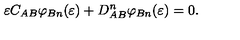
\varepsilon C _ { A B } \varphi _ { B n } ( \varepsilon ) + D _ { A B } ^ { n } \varphi _ { B n } ( \varepsilon ) = 0 .